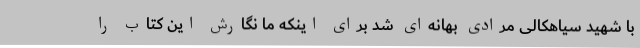
با شهید سیاهکالی مرادی بهانه‌ای شد برای اینکه ما نگارش این کتاب را